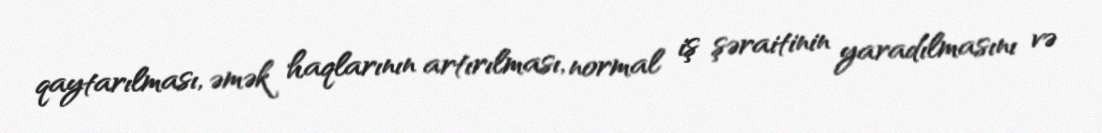
qaytarılması, əmək haqlarının artırılması, normal iş şəraitinin yaradılmasını və